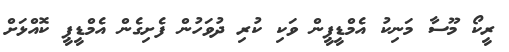
ރީކޯ މޫސާ މަނިކު އެމްޑީޕީން ވަކި ކުރި ދުވަހުން ފެށިގެން އެމްޑީޕީ ކޮއްްޅަށް